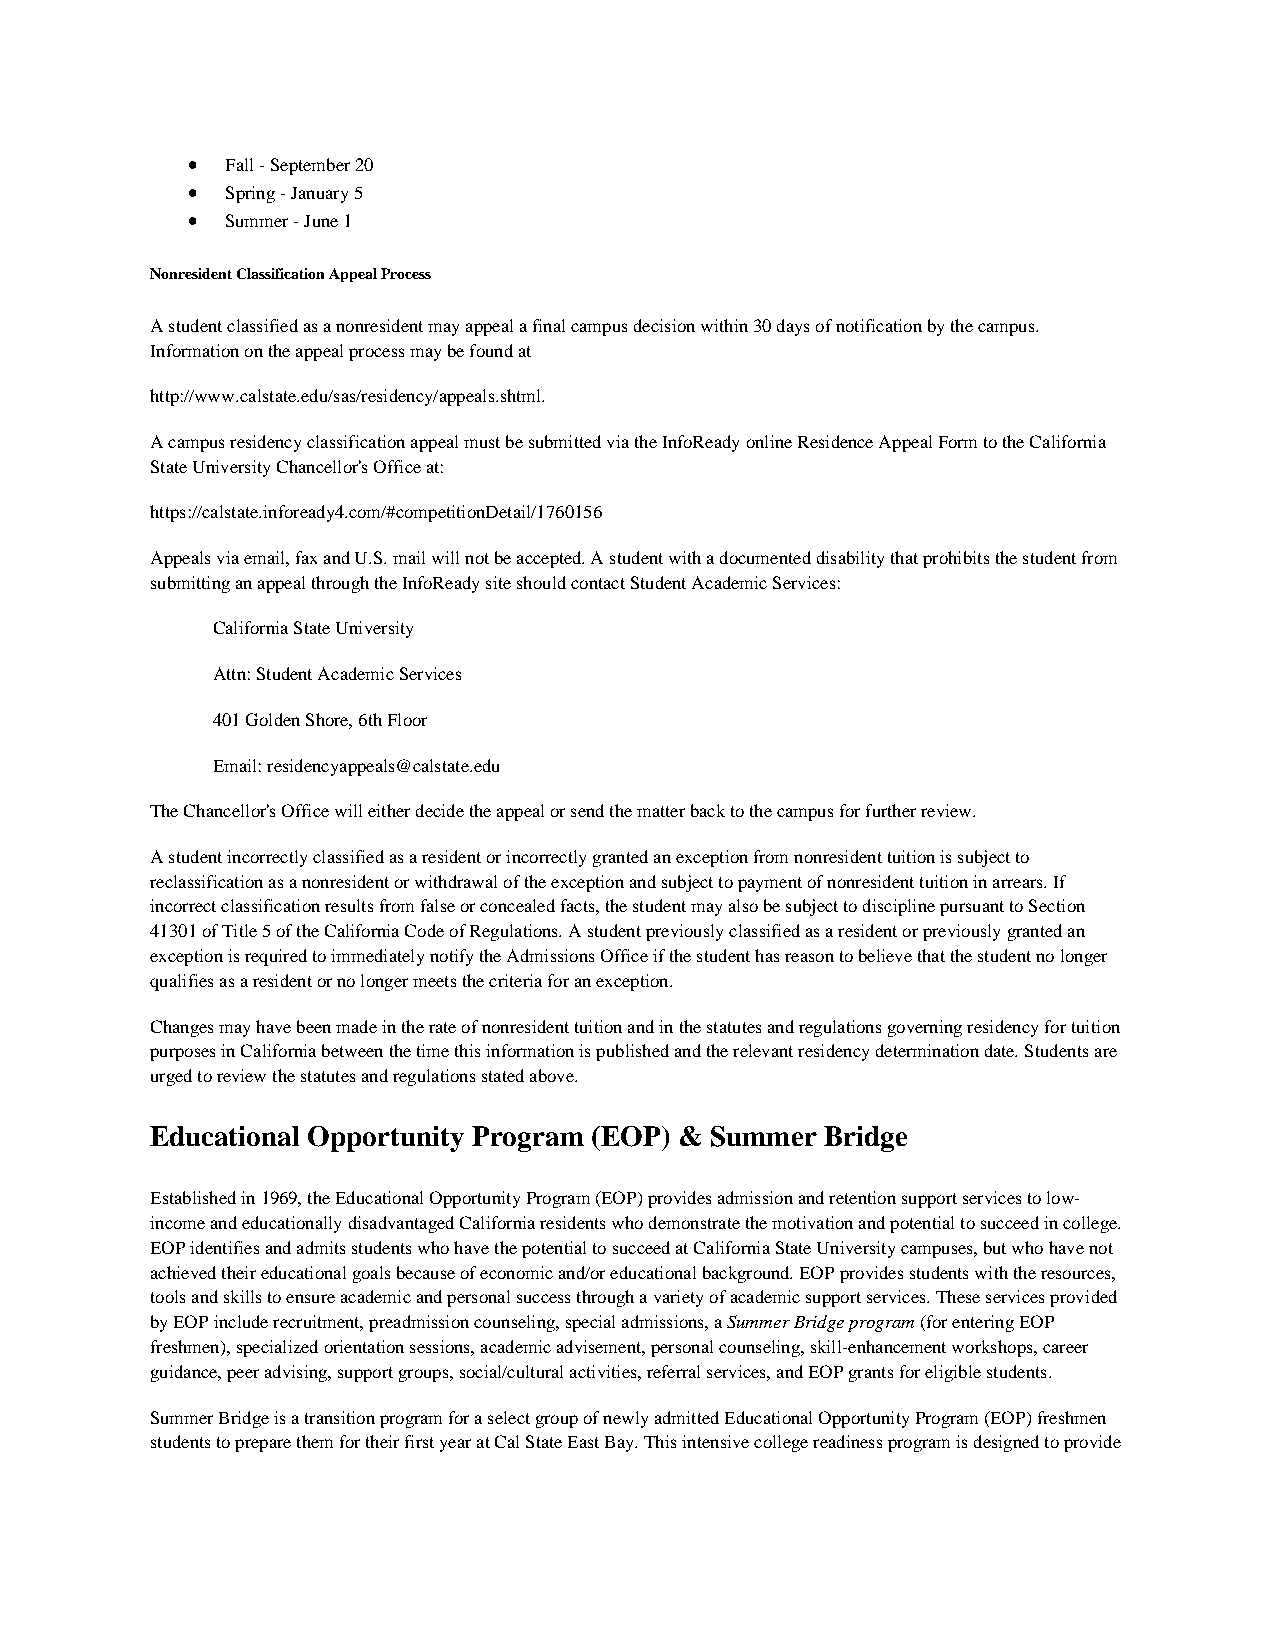
•  Fall - September 20
 •  Spring - January 5
 •  Summer - June 1
 Nonresident Classification Appeal Process
 A student classified as a nonresident may appeal a final campus decision within 30 days of notification by the campus.
 Information on the appeal process may be found at
 http://www.calstate.edu/sas/residency/appeals.shtml.
 A campus residency classification appeal must be submitted via the InfoReady online Residence Appeal Form to the California
 State University Chancellor's Office at:
 https://calstate.infoready4.com/#competitionDetail/1760156
 Appeals via email, fax and U.S. mail will not be accepted. A student with a documented disability that prohibits the student from
 submitting an appeal through the InfoReady site should contact Student Academic Services:
 California State University
 Attn: Student Academic Services
 401 Golden Shore, 6th Floor
 Email: residencyappeals@calstate.edu
 The Chancellor's Office will either decide the appeal or send the matter back to the campus for further review.
 A student incorrectly classified as a resident or incorrectly granted an exception from nonresident tuition is subject to
 reclassification as a nonresident or withdrawal of the exception and subject to payment of nonresident tuition in arrears. If
 incorrect classification results from false or concealed facts, the student may also be subject to discipline pursuant to Section
 41301 of Title 5 of the California Code of Regulations. A student previously classified as a resident or previously granted an
 exception is required to immediately notify the Admissions Office if the student has reason to believe that the student no longer
 qualifies as a resident or no longer meets the criteria for an exception.
 Changes may have been made in the rate of nonresident tuition and in the statutes and regulations governing residency for tuition
 purposes in California between the time this information is published and the relevant residency determination date. Students are
 urged to review the statutes and regulations stated above.
 Educational Opportunity Program (EOP) & Summer Bridge
 Established in 1969, the Educational Opportunity Program (EOP) provides admission and retention support services to low-
 income and educationally disadvantaged California residents who demonstrate the motivation and potential to succeed in college.
 EOP identifies and admits students who have the potential to succeed at California State University campuses, but who have not
 achieved their educational goals because of economic and/or educational background. EOP provides students with the resources,
 tools and skills to ensure academic and personal success through a variety of academic support services. These services provided
 by EOP include recruitment, preadmission counseling, special admissions, a Summer Bridge program (for entering EOP
 freshmen), specialized orientation sessions, academic advisement, personal counseling, skill-enhancement workshops, career
 guidance, peer advising, support groups, social/cultural activities, referral services, and EOP grants for eligible students.
 Summer Bridge is a transition program for a select group of newly admitted Educational Opportunity Program (EOP) freshmen
 students to prepare them for their first year at Cal State East Bay. This intensive college readiness program is designed to provide